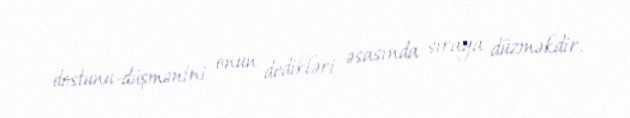
dostunu-düşmənini onun dedikləri əsasında sıraya düzməkdir.